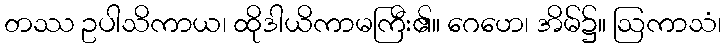
တဿ ဥပါသိကာယ၊ ထိုဒါယိကာမကြီး၏။ ဂေဟေ၊ အိမ်၌။ ဩကာသံ၊